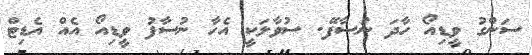
ސަންގު ވީޑިއޯ ހާދަ ނުސާފޭ. ސުވާލަކީ އެހާ ނުސާފު ވީޑިއޯ އެއް އެޑިޓް